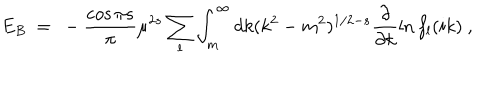
E _ { B } \ = \ - \frac { \cos \pi s } { \pi } \mu ^ { 2 s } \sum _ { l } \int _ { m } ^ { \infty } d k ( k ^ { 2 } - m ^ { 2 } ) ^ { 1 / 2 - s } \frac { \partial } { \partial k } \ln f _ { l } ( i k ) \ ,